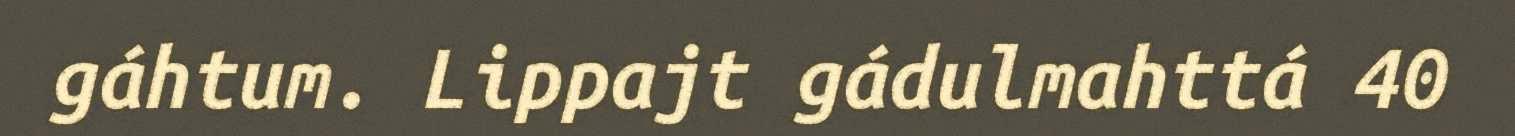
gáhtum. Lippajt gádulmahttá 40